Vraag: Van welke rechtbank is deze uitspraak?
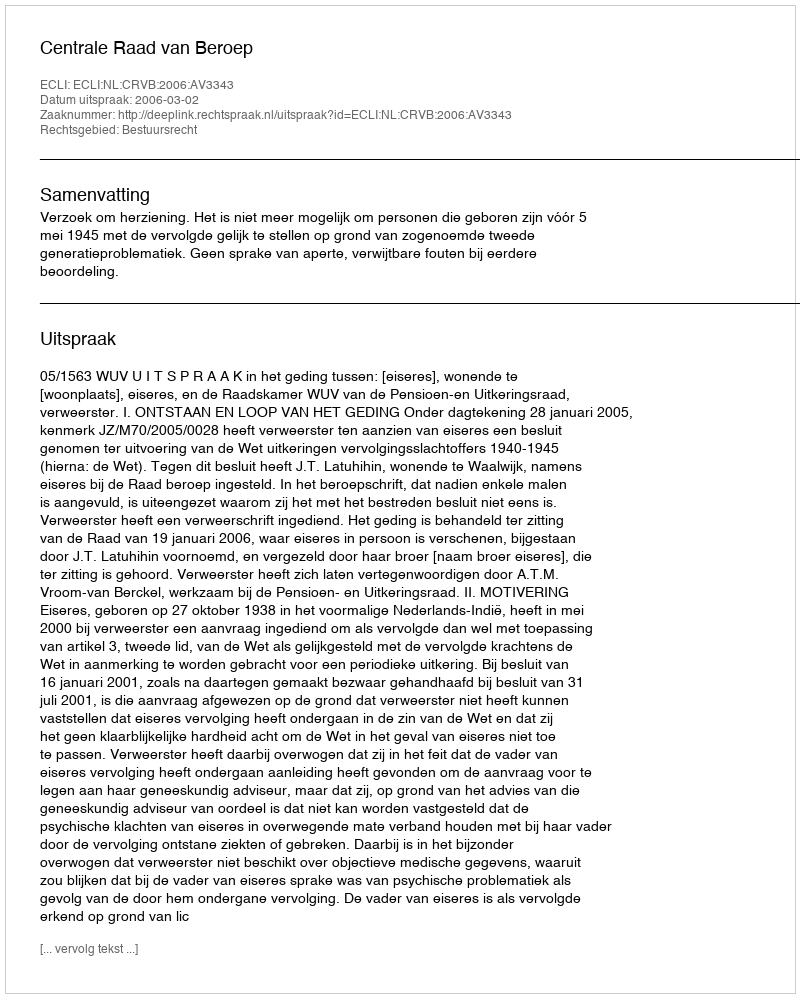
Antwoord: Centrale Raad van Beroep